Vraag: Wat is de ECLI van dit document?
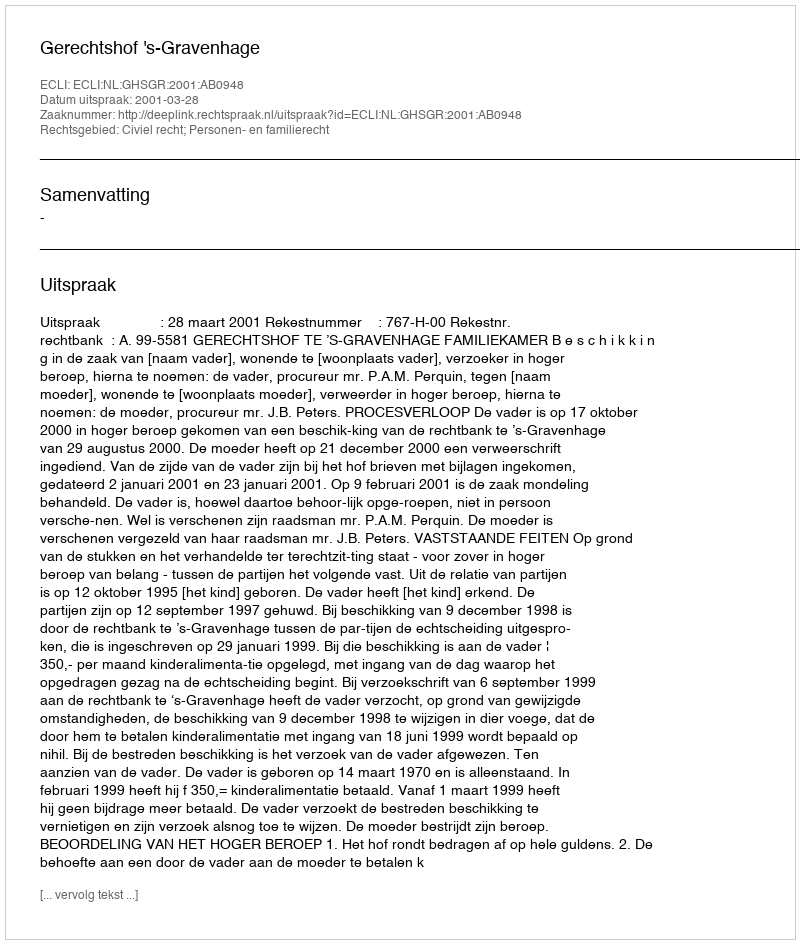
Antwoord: ECLI:NL:GHSGR:2001:AB0948